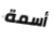
أسمة